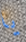
يا